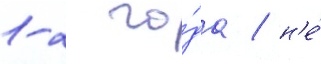
1-2 го́да / н'е́